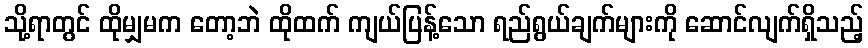
သို့ရာတွင် ထိုမျှမက တော့ဘဲ ထိုထက် ကျယ်ပြန့်သော ရည်ရွယ်ချက်များကို ဆောင်လျက်ရှိသည့်